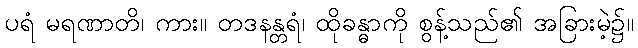
ပရံ မရဏာတိ၊ ကား။ တဒနန္တရံ၊ ထိုခန္ဓာကို စွန့်သည်၏ အခြားမဲ့၌။